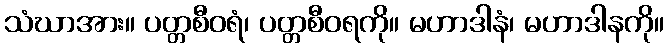
သံဃာအား။ ပတ္တစီဝရံ၊ ပတ္တစီဝရကို။ မဟာဒါနံ၊ မဟာဒါနကို။